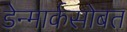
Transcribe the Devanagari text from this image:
डेन्मार्कसोबत